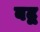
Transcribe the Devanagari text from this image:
बद्व